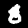
Digit: 8